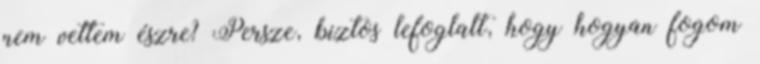
nem vettem észre? Persze, biztos lefoglalt, hogy hogyan fogom